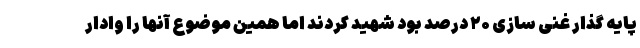
پایه گذار غنی سازی ۲۰ درصد بود شهید کردند اما همین موضوع آنها را وادار